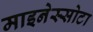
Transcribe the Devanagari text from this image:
माइनेस्सोटा